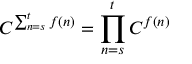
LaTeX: C ^ { \sum _ { n = s } ^ { t } f ( n ) } = \prod _ { n = s } ^ { t } C ^ { f ( n ) } \quad